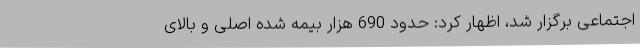
اجتماعی برگزار شد، اظهار کرد: حدود 690 هزار بیمه شده اصلی و بالای